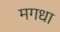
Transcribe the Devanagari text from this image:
मगधा